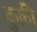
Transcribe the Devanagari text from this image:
कुक्री